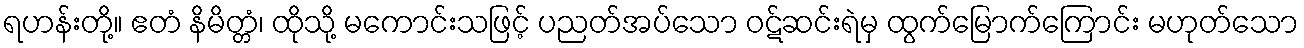
ရဟန်းတို့။ ဧတံ နိမိတ္တံ၊ ထိုသို့ မကောင်းသဖြင့် ပညတ်အပ်သော ဝဋ်ဆင်းရဲမှ ထွက်မြောက်ကြောင်း မဟုတ်သော